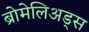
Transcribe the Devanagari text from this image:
ब्रोमेलिअड्स